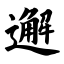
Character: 邂